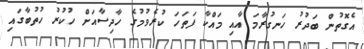
އެގޮތުން ބަދުރު ހަނގުރާމަ އާއި މައްކާ ފަތަހަ ކުރެވުމުގެ ހާދިސާއަށް ހުކުރު ހުތުބާގައި